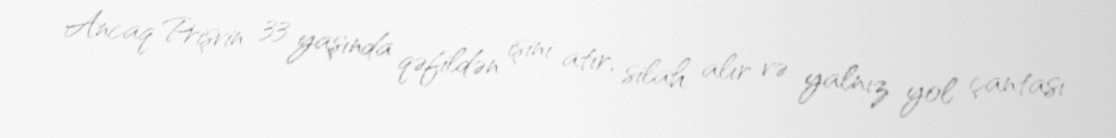
Ancaq Prişvin 33 yaşında qəfildən işini atır, silah alır və yalnız yol çantası